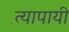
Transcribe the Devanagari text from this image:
त्यापायी